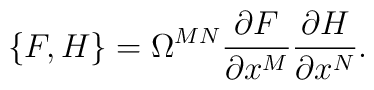
\{F,H\}=\Omega^{MN}\frac{\partial F}{\partial x^M}\frac{\partial H}{\partial x^N}.